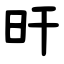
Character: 旰